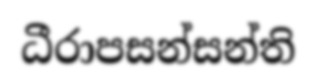
ධීරාපසන්සන්ති